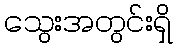
သွေးအတွင်းရှိ